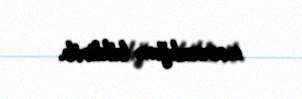
narazılığını bildirib.